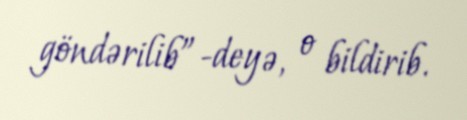
göndərilib”-deyə, o bildirib.